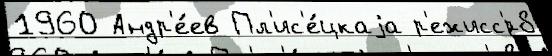
1960 Андр'е́ев Пл'ис'е́цкаjа р'ежисс'́р8